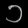
Digit: ၁